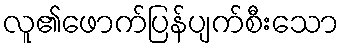
လူ၏ဖောက်ပြန်ပျက်စီးသော